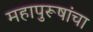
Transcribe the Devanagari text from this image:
महापुरूषांचा